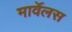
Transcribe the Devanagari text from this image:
मार्वेलस